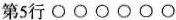
第5行